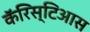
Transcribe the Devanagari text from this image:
कॅरिस्टिआस